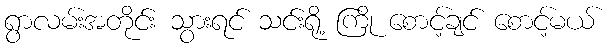
ရွာလမ်းအတိုင်း သွားရင် သင်းရို့ ကြို စောင့်ချင် စောင့်မယ်